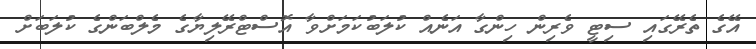
އޭގެ ތެރޭގައި ސިޓީ ވެރިން ހިންގާ އަނެއް ކުލަބުކަމަށްވާ އޮސްޓްރޭލިޔާގެ މެލްބަންގެ ކުލަބަށް